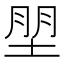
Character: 𰉼